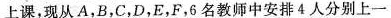
上课，现从A，B，C，D，E，F，6名教师中安排4人分别上一